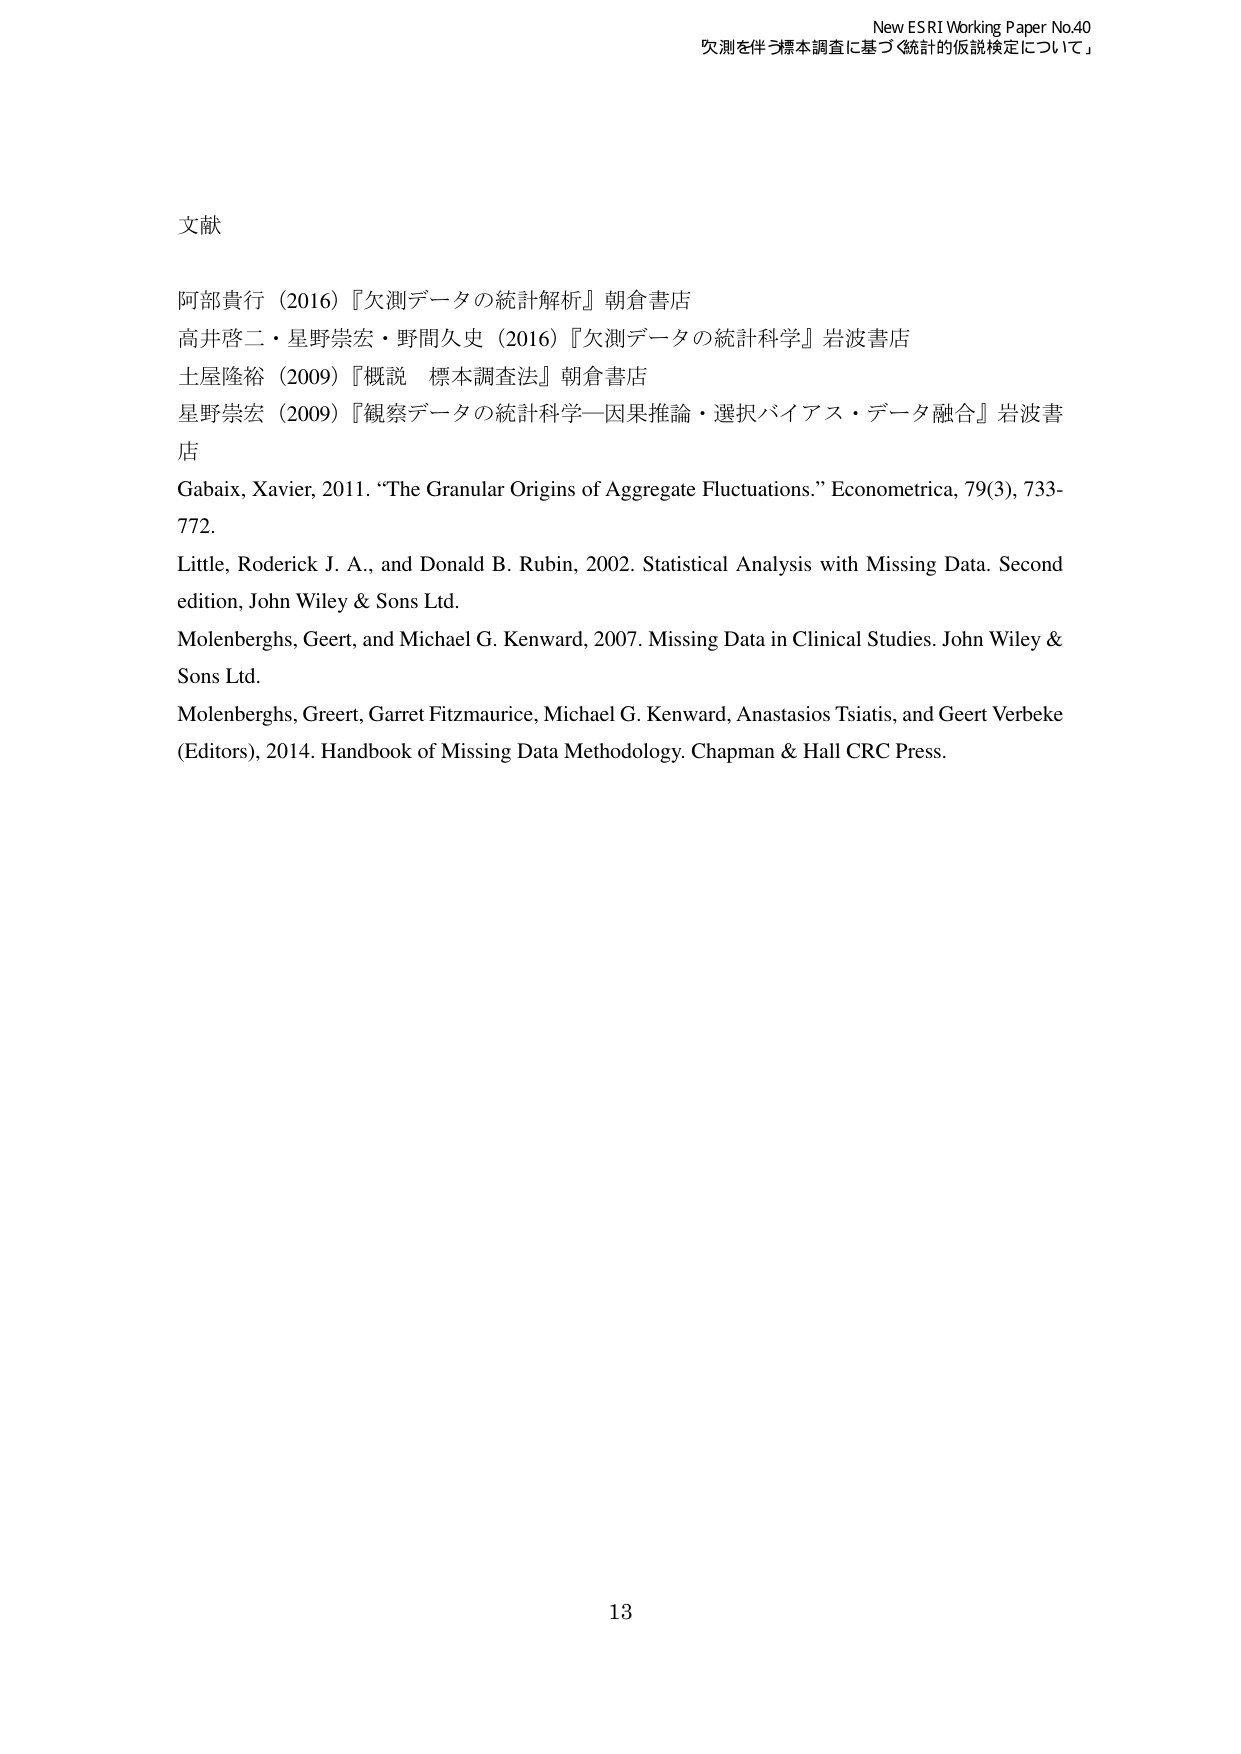
New ESRI Working Paper No.40
欠測を伴う標本調査に基づく「統計的仮説検定について」

文献

阿部貴行（2016）『欠測データの統計解析』朝倉書店
高井啓二・星野崇宏・野間久史（2016）『欠測データの統計科学』岩波書店
土屋隆裕（2009）『概説 標本調査法』朝倉書店
星野崇宏（2009）『観察データの統計科学—因果推論・選択バイアス・データ融合』岩波書店
Gabaix, Xavier, 2011. “The Granular Origins of Aggregate Fluctuations.” Econometrica, 79(3), 733-772.
Little, Roderick J. A., and Donald B. Rubin, 2002. Statistical Analysis with Missing Data. Second edition, John Wiley & Sons Ltd.
Molenberghs, Geert, and Michael G. Kenward, 2007. Missing Data in Clinical Studies. John Wiley & Sons Ltd.
Molenberghs, Geert, Garret Fitzmaurice, Michael G. Kenward, Anastasios Tsiatis, and Geert Verbeke (Editors), 2014. Handbook of Missing Data Methodology. Chapman & Hall CRC Press.

13